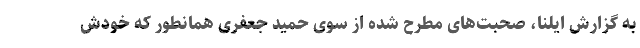
به گزارش ایلنا، صحبت‌های مطرح شده از سوی حمید جعفری همانطور که خودش